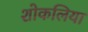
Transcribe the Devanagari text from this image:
शोकलिया